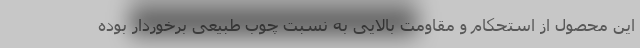
این محصول از استحکام و مقاومت بالایی به نسبت چوب طبیعی برخوردار بوده